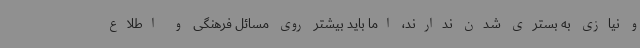
و نیازی به بستری شدن ندارند، اما باید بیشتر روی مسائل فرهنگی و اطلاع